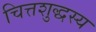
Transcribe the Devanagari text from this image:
चित्तशुद्धस्य